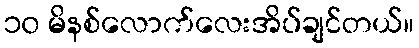
၁၀ မိနစ်လောက်လေးအိပ်ချင်တယ်။